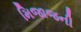
મિજાજની